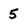
Character: 5